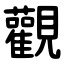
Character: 觀